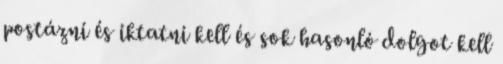
postázni és iktatni kell és sok hasonló dolgot kell